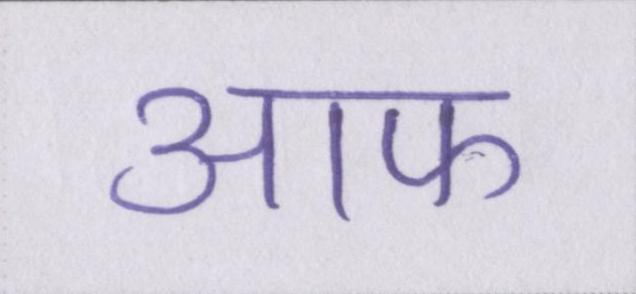
आफ